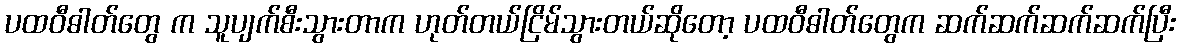
ပထဝီဓါတ်တွေ က သူပျက်စီးသွားတာက ဟုတ်တယ်ငြိမ်သွားတယ်ဆိုတော့ ပထဝီဓါတ်တွေက ဆက်ဆက်ဆက်ဆက်ပြီး